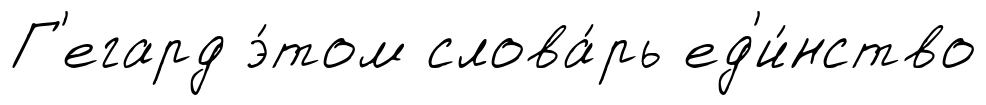
Г'егард э́том слова́рь ед'и́нство